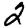
Digit: 2